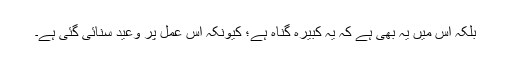
بلکہ اس میں یہ بھی ہے کہ یہ کبیرہ گناہ ہے؛ کیونکہ اس عمل پر وعید سنائی گئی ہے۔